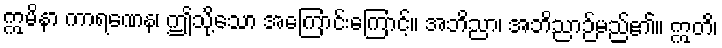
ဣမိနာ ကာရဏေန၊ ဤသို့သော အကြောင်းကြောင့်။ အဘိညာ၊ အဘိညာဉ်မည်၏။ ဣတိ၊